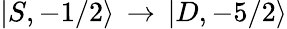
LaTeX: |S,-1/2\rangle\, \rightarrow\, |D,-5/2\rangle